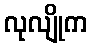
လုလျိုက